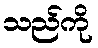
သည်ကို